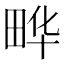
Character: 𮵀